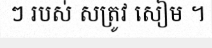
ៗ របស់ សត្រូវ សៀម ។